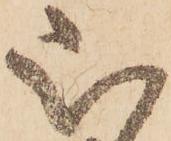
被